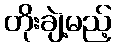
တိုးချဲ့မည့်